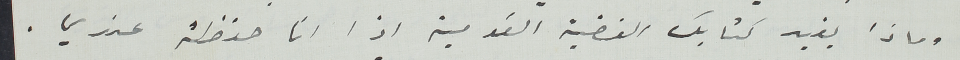
وماذا يفيد كتابك القضية القومية اذا انا حفظته عندي